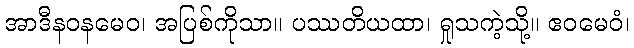
အာဒီနဝနမေဝ၊ အပြစ်ကိုသာ။ ပဿတိယထာ၊ ရှုသကဲ့သို့။ ဧဝမေဝံ၊